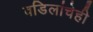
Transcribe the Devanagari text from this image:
वडिलांचेही